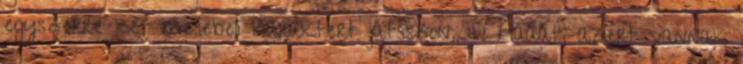
egyszerre két mesebeli karaktert játsszon. :D Hááát, azért vannak